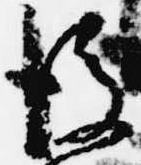
後